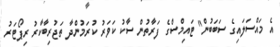
އެ މައްސަލައިގެ ސަބަބުން" ޓައިމްސްގެ ފަރާތުން ސާކު ކަވަރު ކުރަމުންދާ ތަޖުރިބާކާރު ރިޕޯޓަރު